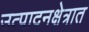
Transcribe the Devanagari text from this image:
उत्पादनक्षेत्रात